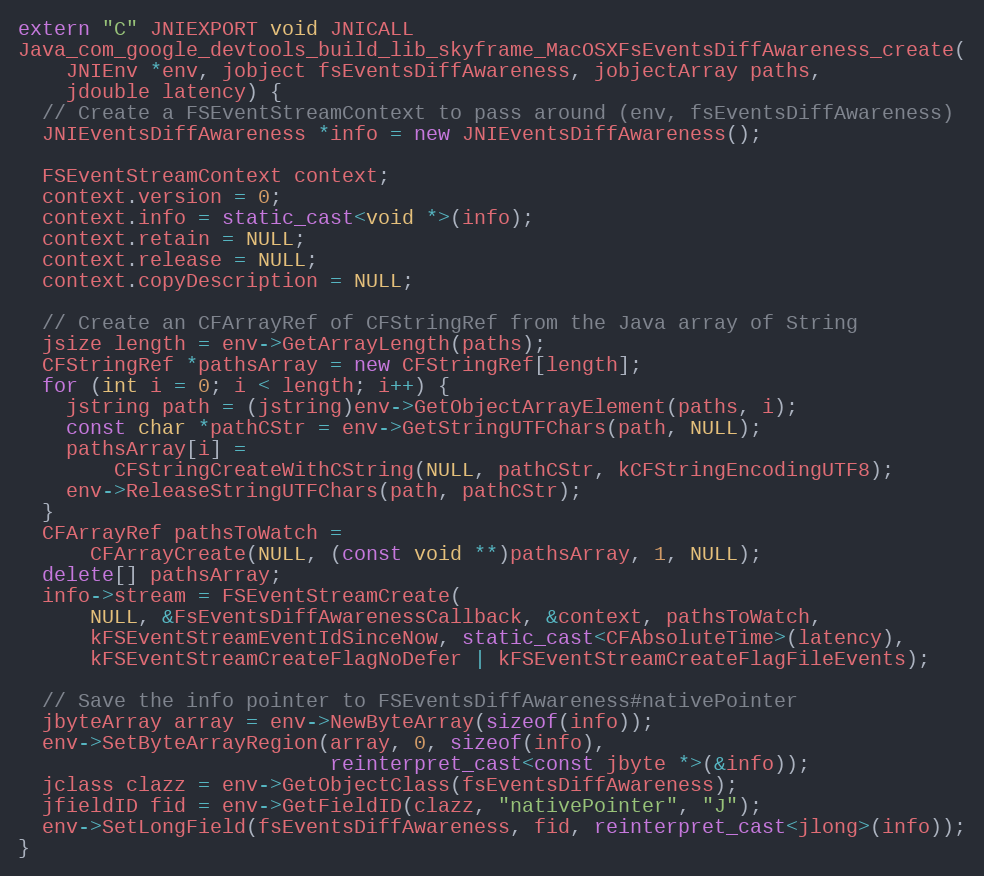
Language: C++
extern "C" JNIEXPORT void JNICALL
Java_com_google_devtools_build_lib_skyframe_MacOSXFsEventsDiffAwareness_create(
    JNIEnv *env, jobject fsEventsDiffAwareness, jobjectArray paths,
    jdouble latency) {
  // Create a FSEventStreamContext to pass around (env, fsEventsDiffAwareness)
  JNIEventsDiffAwareness *info = new JNIEventsDiffAwareness();

  FSEventStreamContext context;
  context.version = 0;
  context.info = static_cast<void *>(info);
  context.retain = NULL;
  context.release = NULL;
  context.copyDescription = NULL;

  // Create an CFArrayRef of CFStringRef from the Java array of String
  jsize length = env->GetArrayLength(paths);
  CFStringRef *pathsArray = new CFStringRef[length];
  for (int i = 0; i < length; i++) {
    jstring path = (jstring)env->GetObjectArrayElement(paths, i);
    const char *pathCStr = env->GetStringUTFChars(path, NULL);
    pathsArray[i] =
        CFStringCreateWithCString(NULL, pathCStr, kCFStringEncodingUTF8);
    env->ReleaseStringUTFChars(path, pathCStr);
  }
  CFArrayRef pathsToWatch =
      CFArrayCreate(NULL, (const void **)pathsArray, 1, NULL);
  delete[] pathsArray;
  info->stream = FSEventStreamCreate(
      NULL, &FsEventsDiffAwarenessCallback, &context, pathsToWatch,
      kFSEventStreamEventIdSinceNow, static_cast<CFAbsoluteTime>(latency),
      kFSEventStreamCreateFlagNoDefer | kFSEventStreamCreateFlagFileEvents);

  // Save the info pointer to FSEventsDiffAwareness#nativePointer
  jbyteArray array = env->NewByteArray(sizeof(info));
  env->SetByteArrayRegion(array, 0, sizeof(info),
                          reinterpret_cast<const jbyte *>(&info));
  jclass clazz = env->GetObjectClass(fsEventsDiffAwareness);
  jfieldID fid = env->GetFieldID(clazz, "nativePointer", "J");
  env->SetLongField(fsEventsDiffAwareness, fid, reinterpret_cast<jlong>(info));
}